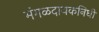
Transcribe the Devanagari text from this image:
मंगळदायकनिधी